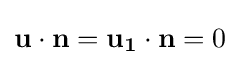
\mathbf {u} \cdot \mathbf {n} =\mathbf {u_{1}} \cdot \mathbf {n} =0